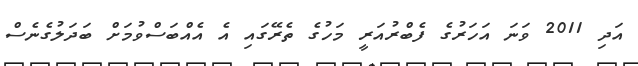
އަދި 2011 ވަނަ އަހަރުގެ ފެބްރުއަރީ މަހުގެ ތެރޭގައި އެ އެއްބަސްވުމަށް ބަދަލުގެނެސް